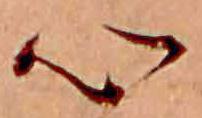
心